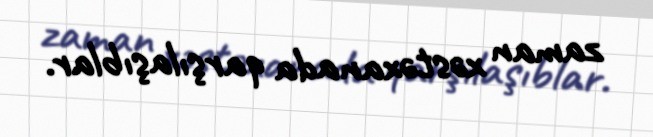
zaman xəstəxanada qarşılaşıblar.